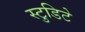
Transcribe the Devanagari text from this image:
स्टुडिटे